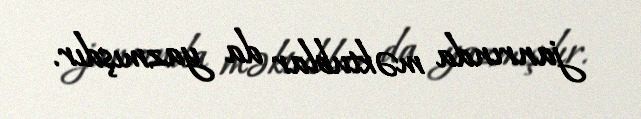
janrında məktublar da yazmışdır.